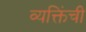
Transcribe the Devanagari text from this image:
व्यक्तिंची